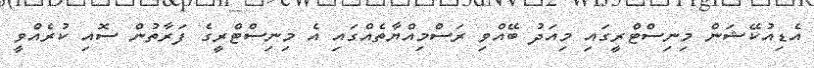
އެޑިއުކޭޝަން މިނިސްޓްރީގައި މިއަދު ބޭއްވި ރަސްމިއްޔާތެއްގައި އެ މިނިސްޓްރީގެ ފަރާތުން ސޮއި ކުރެއްވީ